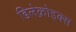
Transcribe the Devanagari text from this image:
डिलेक्रोइक्‍स